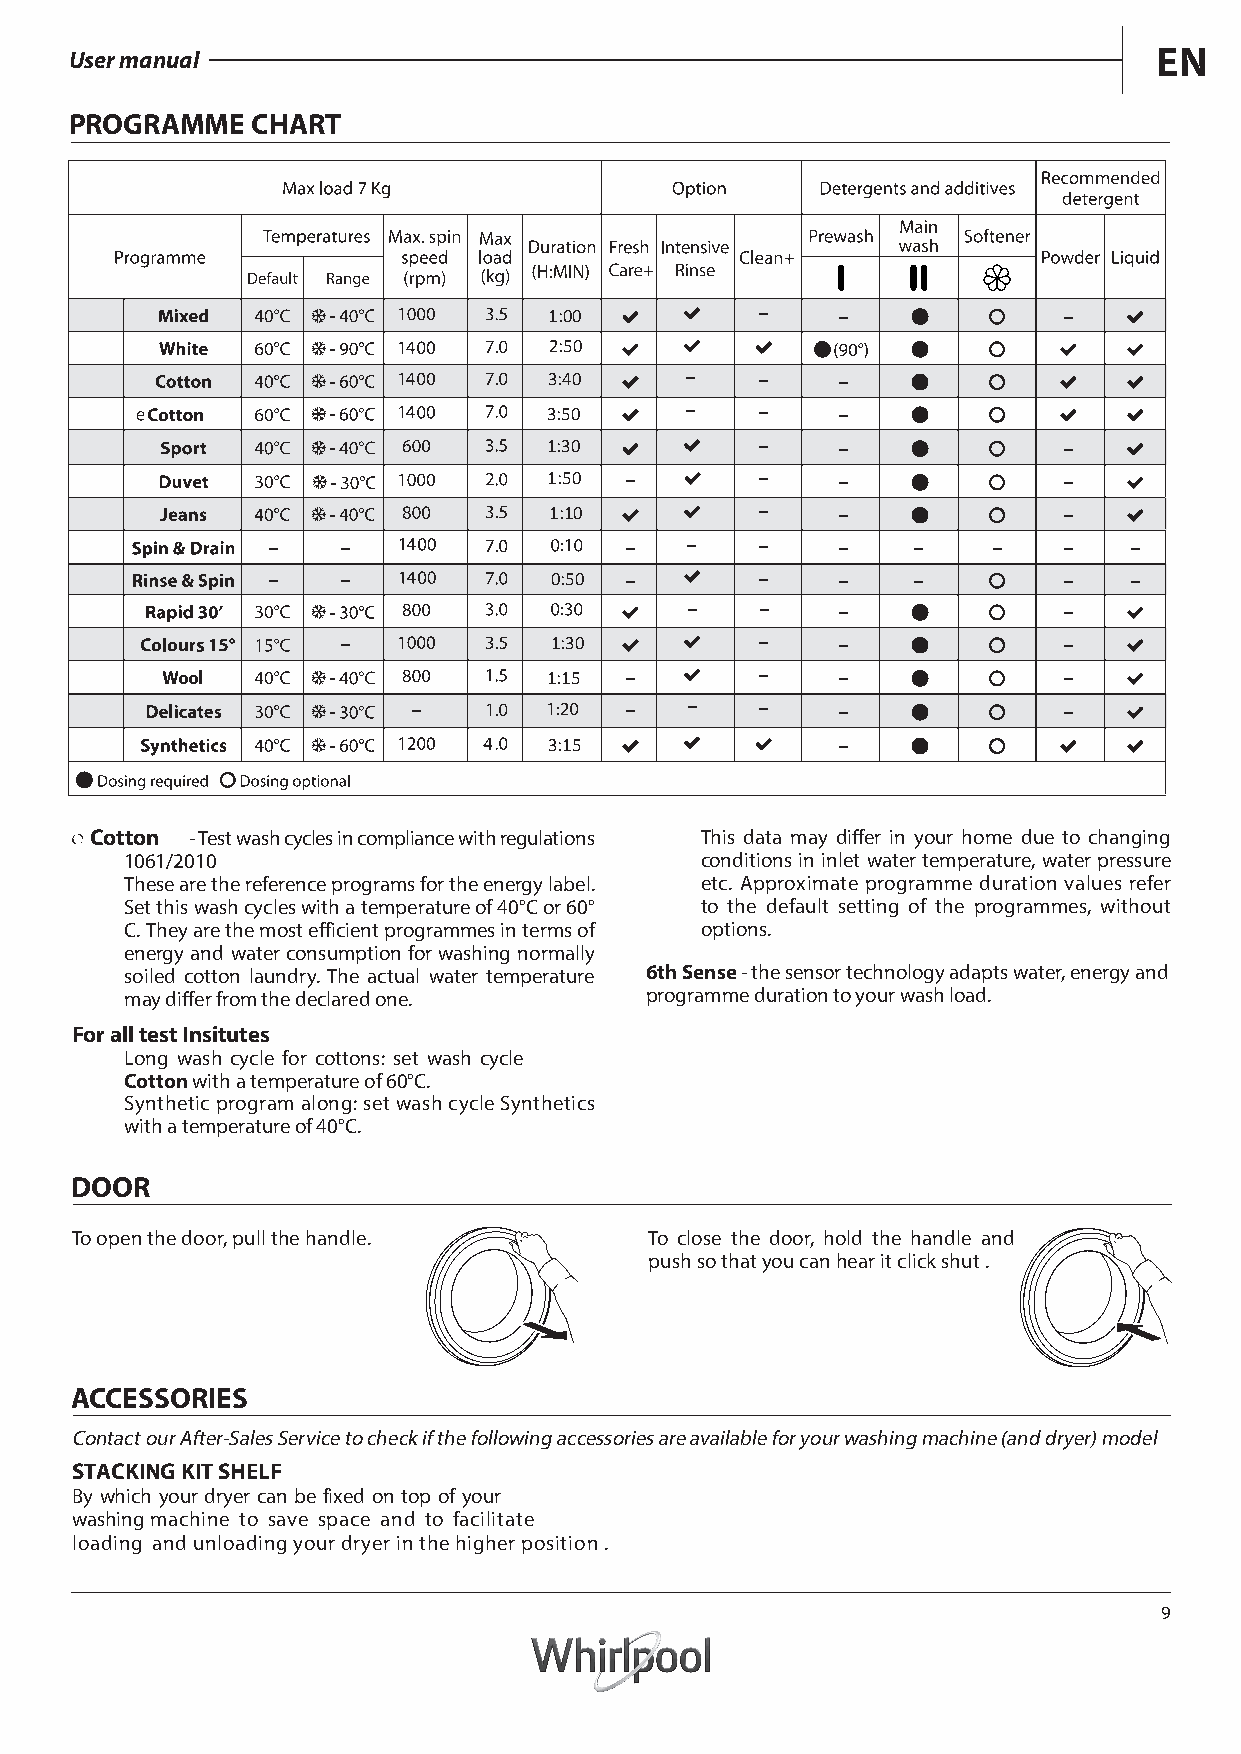
User manual                                                             EN
 PROGRAMME   CHART
 1:00
 2:50
 3:40
 3:50
 1:30
 1:50
 1:10
 0:50
 1:30
 1:15
 3:15
 Cotton - Test wash cycles in compliance with regulations This data may differ in your home due to changing
 1061/2010                             conditions in inlet water temperature, water pressure
 These are the reference programs for the energy label. etc. Approximate programme duration values refer
 Set this wash cycles with a temperature of 40°C or 60° to the default setting of the programmes, without
 C.They are the most efficient programmes in terms of options.
 energy and water consumption for washing normally
 soiled cotton laundry. The actual water temperature 6th Sense - the sensor technology adapts water, energy and
 may differ from the declared one.  programme duration to your wash load.
 For all test Insitutes
 Long wash cycle for cottons: set wash cycle
 Cotton with a temperature of 60°C.
 Synthetic program along: set wash cycle Synthetics
 with a temperature of 40°C.
 DOOR
 To open the door, pull the handle.    To close the door, hold the handle and
 push so that you can hear it click shut .
 ACCESSORIES
 Contact our After-Sales Service to check if the following accessories are available for your washing machine (and dryer) model
 STACKING KIT SHELF
 By which your dryer can be fixed on top of your
 washing machine to save space and to facilitate
 loading and unloading your dryer in the higher position .
 9